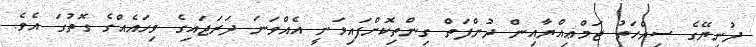
ދުނިޔޭގެ ސިއްހަތު ޖަމްޢިއްޔާއިން ދުންފަތް ގިންތިކޮށްފައިވަނީ އެއްވަނަ ދަރަޖައިގެ ވިހައެއްގެ ގޮތުގަ އެވެ.